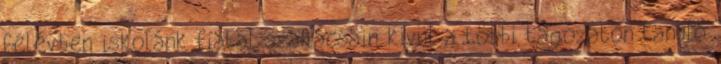
félévben iskolánk fiatal szakácsain kívül a többi tagozaton tanuló